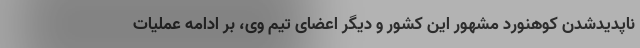
ناپدیدشدن کوهنورد مشهور این کشور و دیگر اعضای تیم وی، بر ادامه عملیات